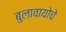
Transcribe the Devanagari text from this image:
बुलावायोचे